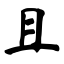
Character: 且